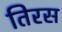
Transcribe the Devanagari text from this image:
तिरस